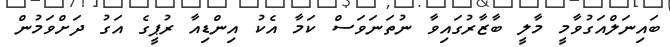
ބައިނަލްއަގުވާމީ މާލީ ބާޒާރުގައިވާ ނުތަނަވަސް ކަމާ އެކު އިންޑިއާ ރުޕީގެ އަގު ދަށްވަމުން